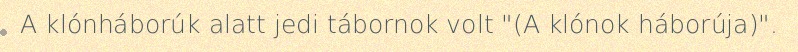
A klónháborúk alatt jedi tábornok volt "(A klónok háborúja)".